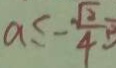
a \leq - \frac { \sqrt { 2 } } { 4 }